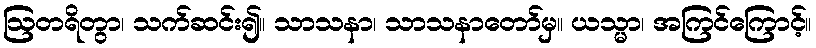
ဩတရိတွာ၊ သက်ဆင်း၍။ သာသနာ၊ သာသနာတော်မှ။ ယသ္မာ၊ အကြင်ကြောင့်။